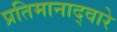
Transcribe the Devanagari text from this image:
प्रतिमानाद्वारे